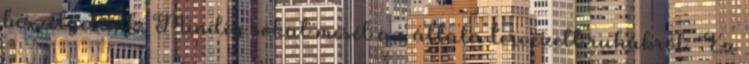
beszélgetünk. Mindig sokat mesél az általa tervezett ruhákról. Ez